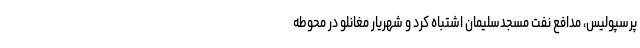
پرسپولیس، مدافع نفت مسجدسلیمان اشتباه کرد و شهریار مغانلو در محوطه